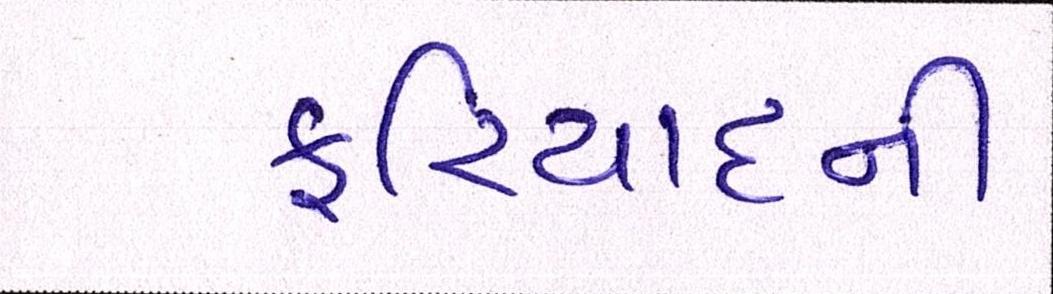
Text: ફરિયાદની